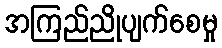
အကြည်ညိုပျက်စေမှု